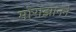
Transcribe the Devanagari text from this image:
मोराझानने